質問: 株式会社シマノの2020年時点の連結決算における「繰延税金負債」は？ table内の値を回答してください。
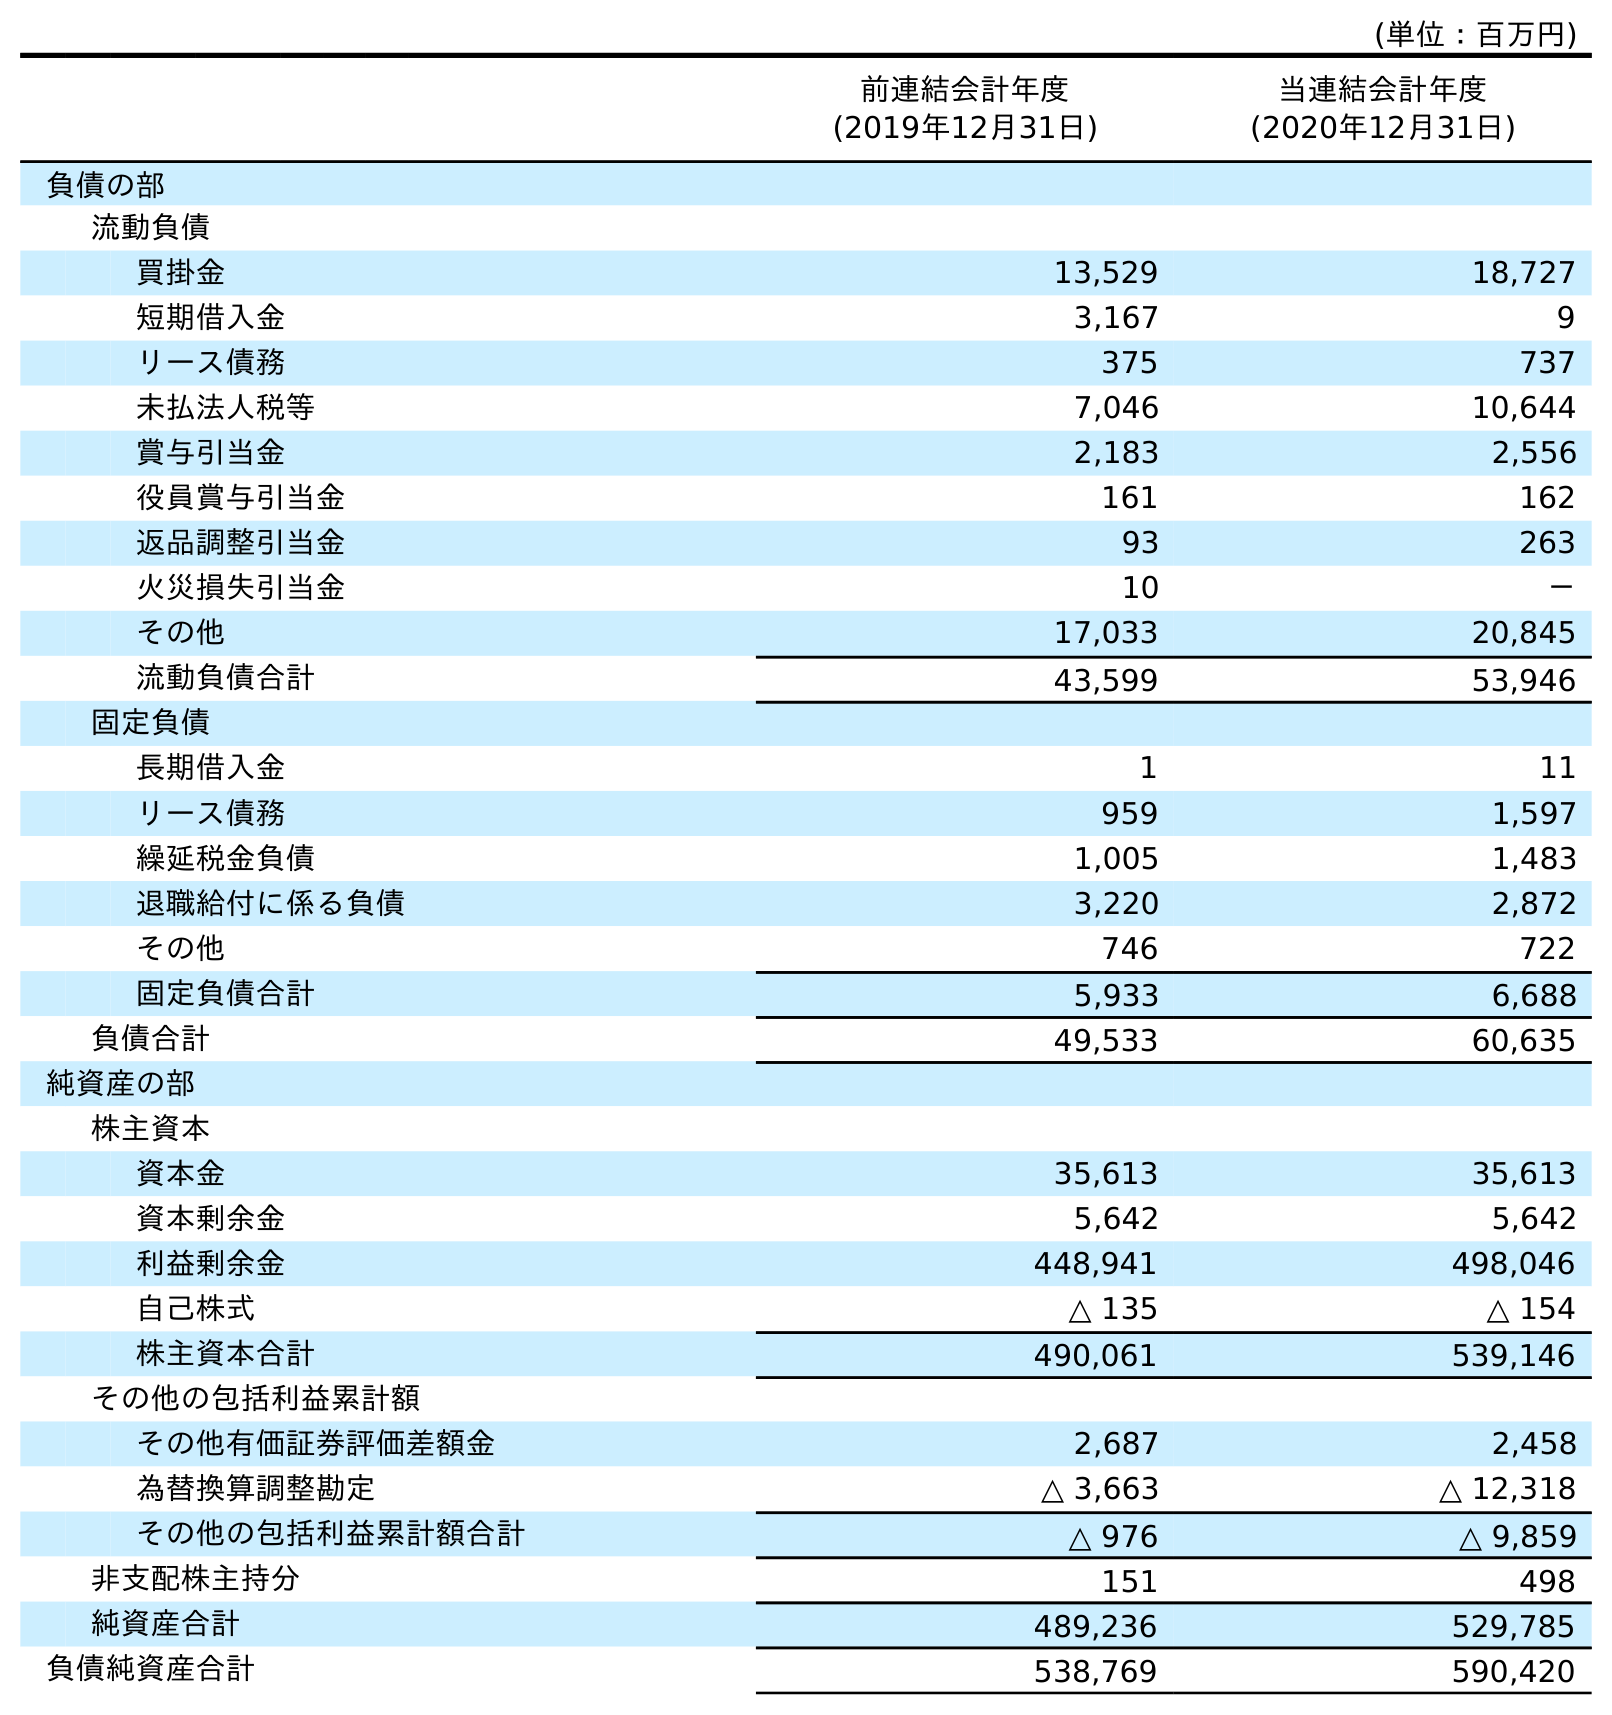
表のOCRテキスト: (単位：百万円) 前連結会計年度 (2019年12月31日) 当連結会計年度 (2020年12月31日) 負債の部 流動負債 買掛金 13,529 18,727 短期借入金 3,167 9 リース債務 375 737 未払法人税等 7,046 10,644 賞与引当金 2,183 2,556 役員賞与引当金 161 162 返品調整引当金 93 263 火災損失引当金 10 － その他 17,033 20,845 流動負債合計 43,599 53,946 固定負債 長期借入金 1 11 リース債務 959 1,597 繰延税金負債 1,005 1,483 退職給付に係る負債 3,220 2,872 その他 746 722 固定負債合計 5,933 6,688 負債合計 49,533 60,635 純資産の部 株主資本 資本金 35,613 35,613 資本剰余金 5,642 5,642 利益剰余金 448,941 498,046 自己株式 △ 135 △ 154 株主資本合計 490,061 539,146 その他の包括利益累計額 その他有価証券評価差額金 2,687 2,458 為替換算調整勘定 △ 3,663 △ 12,318 その他の包括利益累計額合計 △ 976 △ 9,859 非支配株主持分 151 498 純資産合計 489,236 529,785 負債純資産合計 538,769 590,420
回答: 1,483